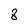
Character: 8